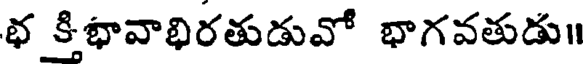
భ కిభావాభిరతుడువో భాగవతుడు॥